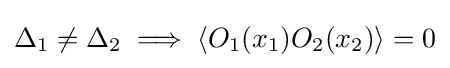
\Delta _{1}\neq \Delta _{2}\implies \left\langle O_{1}(x_{1})O_{2}(x_{2})\right\rangle =0